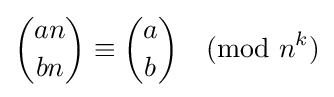
{an \choose bn}\equiv {a \choose b}{\pmod {n^{k}}}